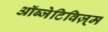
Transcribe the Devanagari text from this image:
ऑब्जेटिविज़्म